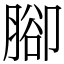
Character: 腳